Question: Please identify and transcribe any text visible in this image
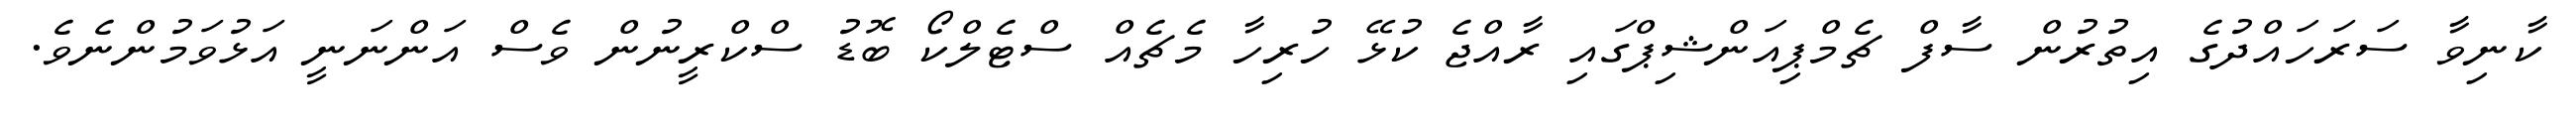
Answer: ކާނިވާ ސަރަހައްދުގެ އިތުރުން ސާފް ޗެމްޕިއަންޝިޕްގައި ރާއްޖެ ކުޅޭ ހުރިހާ މެޗެއް ސްޓެލްކޯ ބޮޑު ސްކްރީނުން ވެސް އަންނަނީ އަޅުވަމުންނެވެ.